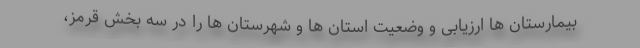
بیمارستان ها ارزیابی و وضعیت استان ها و شهرستان ها را در سه بخش قرمز،